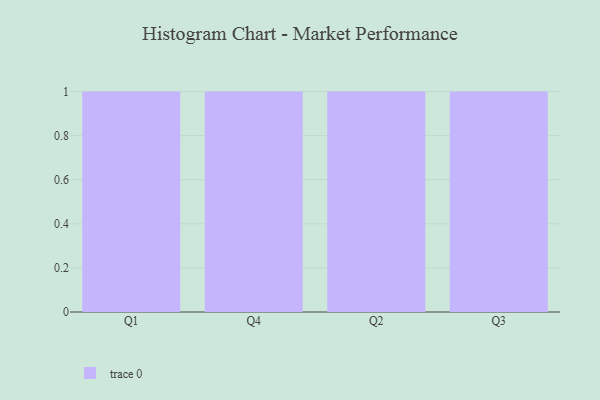
{"axis": {"x": "Quarter", "y": "Humidity (%)"}, "legend": [""], "data": [{"x": "Q1", "y": 52, "type": ""}, {"x": "Q4", "y": 39, "type": ""}, {"x": "Q2", "y": 90, "type": ""}, {"x": "Q3", "y": 44, "type": ""}]}